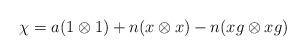
LaTeX: \begin{align*}\chi=a(1\otimes1)+n(x\otimes x)-n(xg\otimes xg)\end{align*}